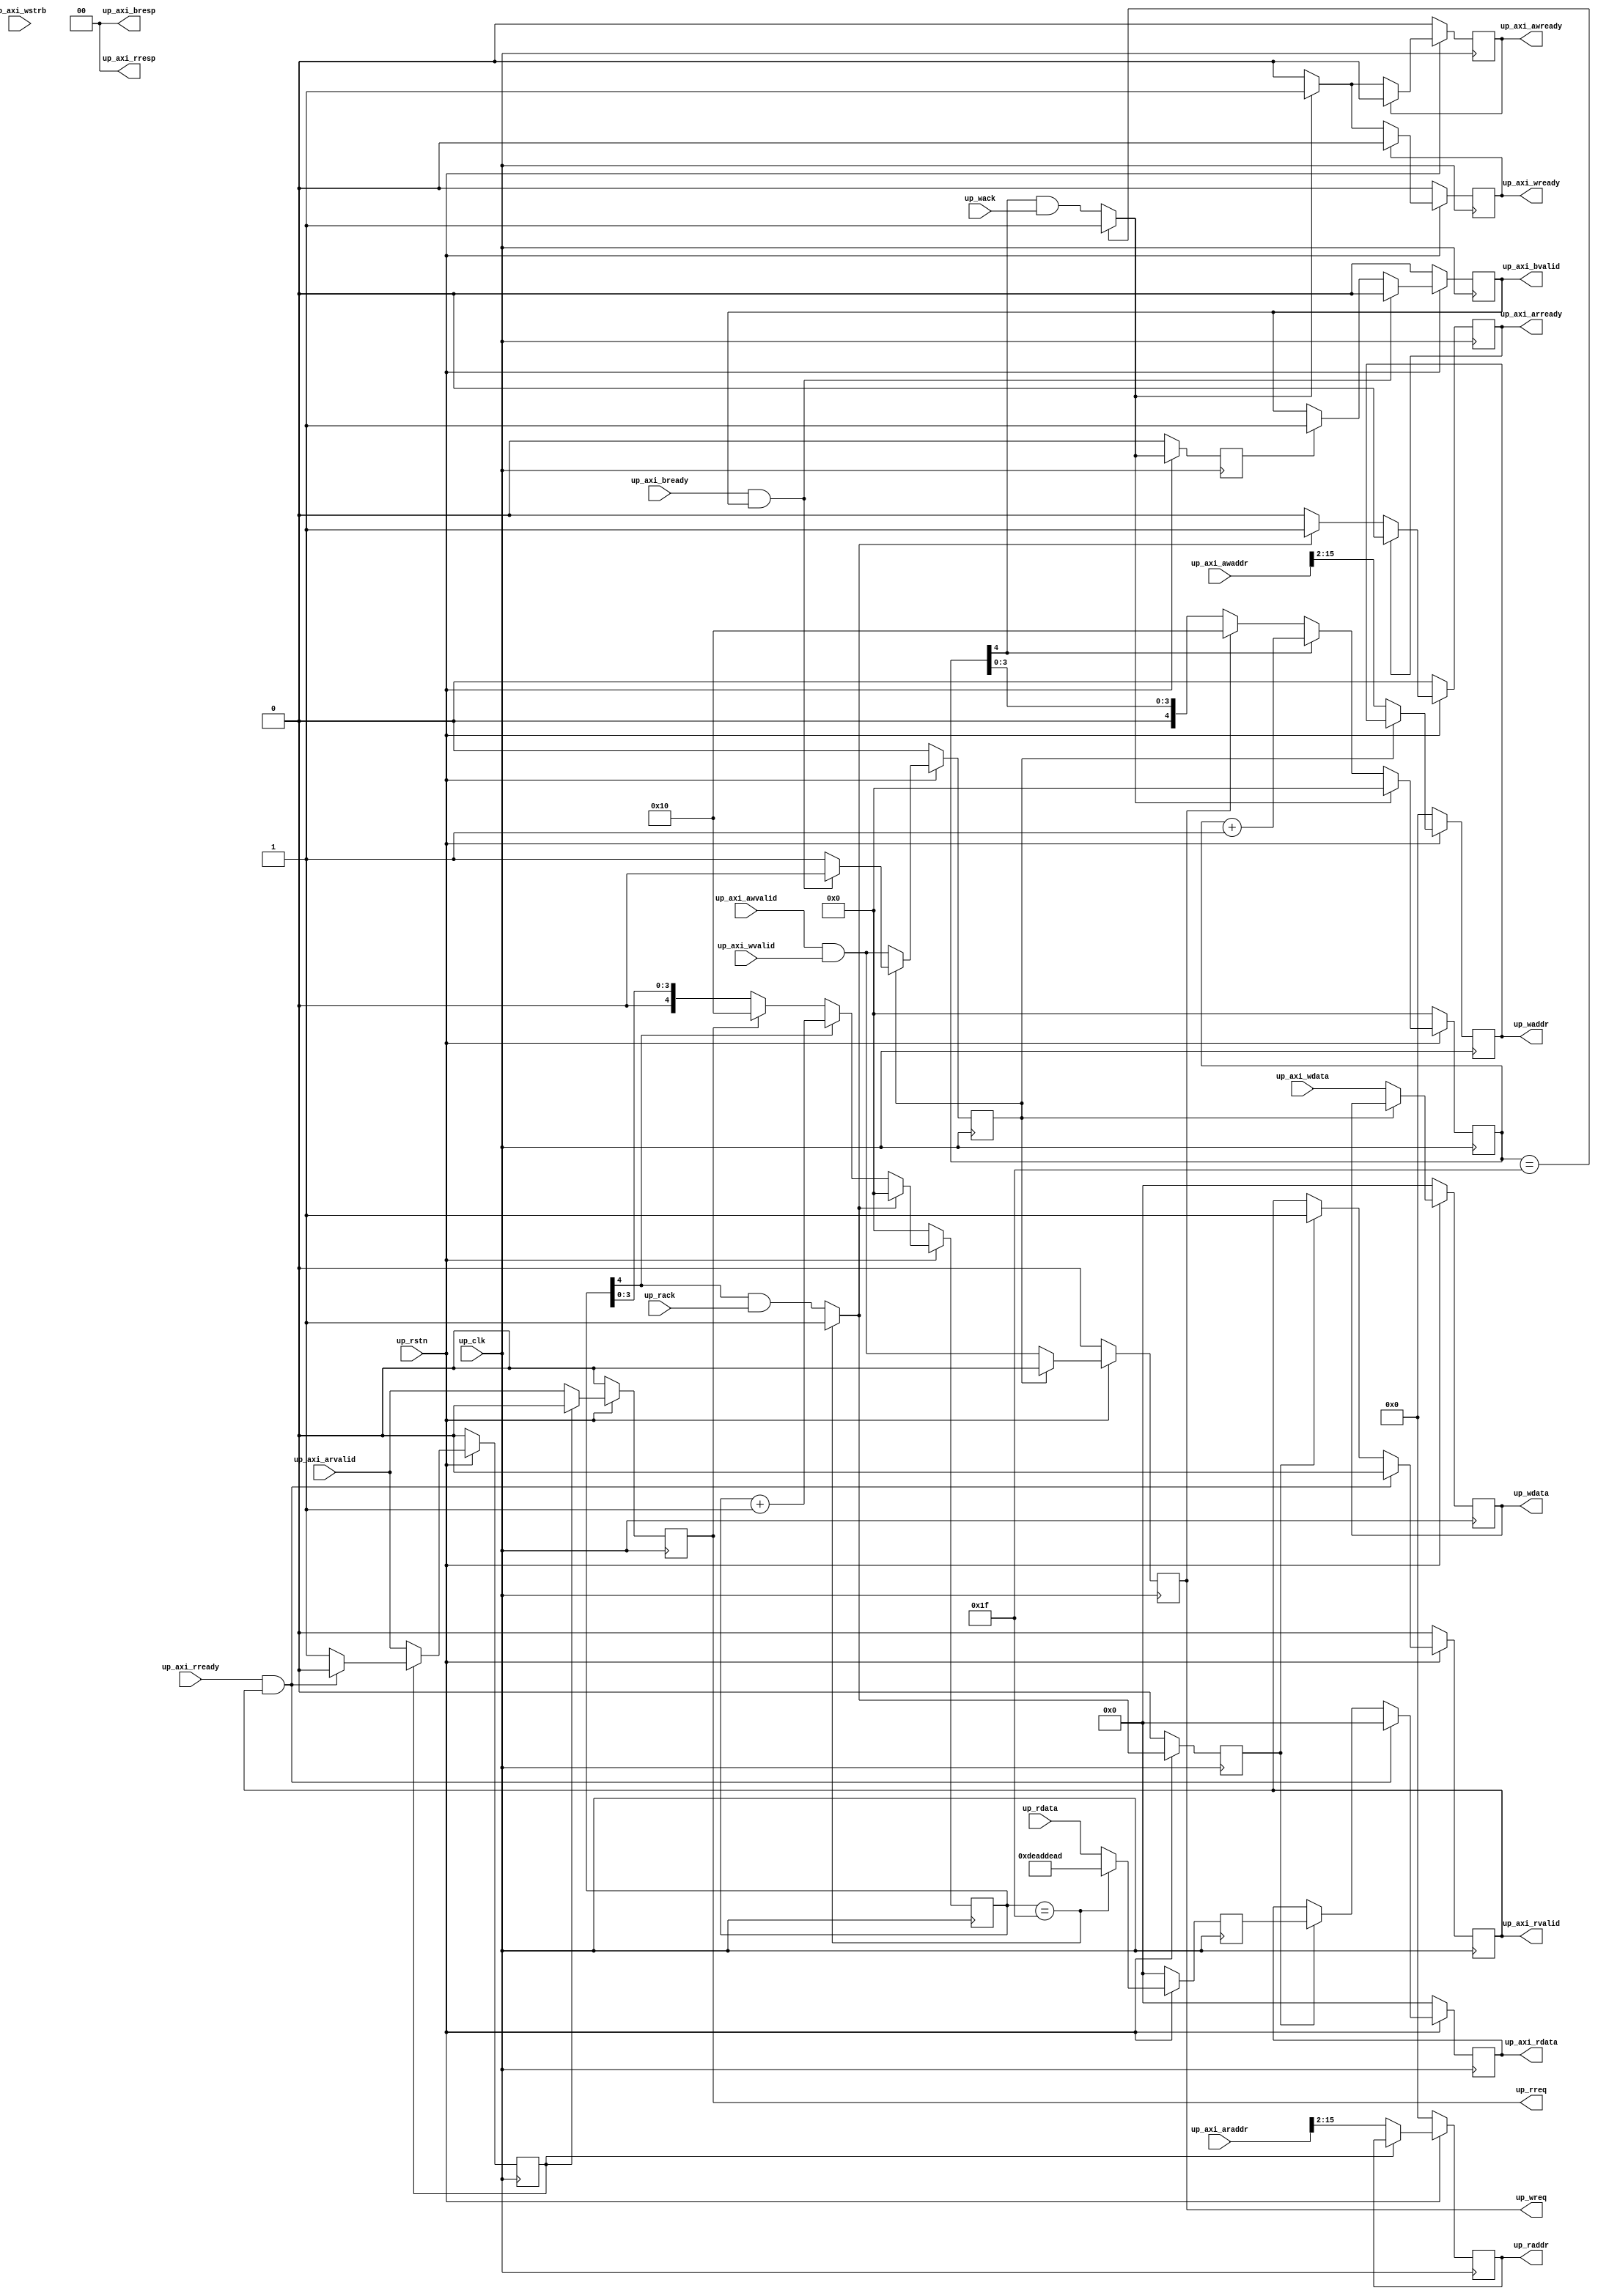
// ***************************************************************************
// ***************************************************************************
// Copyright 2014 - 2017 (c) Analog Devices, Inc. All rights reserved.
//
// In this HDL repository, there are many different and unique modules, consisting
// of various HDL (Verilog or VHDL) components. The individual modules are
// developed independently, and may be accompanied by separate and unique license
// terms.
//
// The user should read each of these license terms, and understand the
// freedoms and responsibilities that he or she has by using this source/core.
//
// This core is distributed in the hope that it will be useful, but WITHOUT ANY
// WARRANTY; without even the implied warranty of MERCHANTABILITY or FITNESS FOR
// A PARTICULAR PURPOSE.
//
// Redistribution and use of source or resulting binaries, with or without modification
// of this file, are permitted under one of the following two license terms:
//
//   1. The GNU General Public License version 2 as published by the
//      Free Software Foundation, which can be found in the top level directory
//      of this repository (LICENSE_GPL2), and also online at:
//      <https://www.gnu.org/licenses/old-licenses/gpl-2.0.html>
//
// OR
//
//   2. An ADI specific BSD license, which can be found in the top level directory
//      of this repository (LICENSE_ADIBSD), and also on-line at:
//      https://github.com/analogdevicesinc/hdl/blob/master/LICENSE_ADIBSD
//      This will allow to generate bit files and not release the source code,
//      as long as it attaches to an ADI device.
//
// ***************************************************************************
// ***************************************************************************

`timescale 1ns/100ps

module up_axi #(

  parameter   ADDRESS_WIDTH = 14,
  parameter   AXI_ADDRESS_WIDTH = 16) (

  // reset and clocks

  input                             up_rstn,
  input                             up_clk,

  // axi4 interface

  input                             up_axi_awvalid,
  input   [(AXI_ADDRESS_WIDTH-1):0] up_axi_awaddr,
  output                            up_axi_awready,
  input                             up_axi_wvalid,
  input   [31:0]                    up_axi_wdata,
  input   [ 3:0]                    up_axi_wstrb,
  output                            up_axi_wready,
  output                            up_axi_bvalid,
  output  [ 1:0]                    up_axi_bresp,
  input                             up_axi_bready,
  input                             up_axi_arvalid,
  input   [(AXI_ADDRESS_WIDTH-1):0] up_axi_araddr,
  output                            up_axi_arready,
  output                            up_axi_rvalid,
  output  [ 1:0]                    up_axi_rresp,
  output  [31:0]                    up_axi_rdata,
  input                             up_axi_rready,

  // pcore interface

  output                            up_wreq,
  output  [(ADDRESS_WIDTH-1):0]     up_waddr,
  output  [31:0]                    up_wdata,
  input                             up_wack,
  output                            up_rreq,
  output  [(ADDRESS_WIDTH-1):0]     up_raddr,
  input   [31:0]                    up_rdata,
  input                             up_rack);

  // internal registers

  reg                               up_axi_awready_int = 'd0;
  reg                               up_axi_wready_int = 'd0;
  reg                               up_axi_bvalid_int = 'd0;
  reg                               up_wack_d = 'd0;
  reg                               up_wsel = 'd0;
  reg                               up_wreq_int = 'd0;
  reg     [(ADDRESS_WIDTH-1):0]     up_waddr_int = 'd0;
  reg     [31:0]                    up_wdata_int = 'd0;
  reg     [ 4:0]                    up_wcount = 'd0;
  reg                               up_axi_arready_int = 'd0;
  reg                               up_axi_rvalid_int = 'd0;
  reg     [31:0]                    up_axi_rdata_int = 'd0;
  reg                               up_rack_d = 'd0;
  reg     [31:0]                    up_rdata_d = 'd0;
  reg                               up_rsel = 'd0;
  reg                               up_rreq_int = 'd0;
  reg     [(ADDRESS_WIDTH-1):0]     up_raddr_int = 'd0;
  reg     [ 4:0]                    up_rcount = 'd0;

  // internal signals

  wire                              up_wack_s;
  wire                              up_rack_s;
  wire    [31:0]                    up_rdata_s;

  // write channel interface

  assign up_axi_awready = up_axi_awready_int;
  assign up_axi_wready = up_axi_wready_int;
  assign up_axi_bvalid = up_axi_bvalid_int;
  assign up_axi_bresp = 2'd0;

  always @(posedge up_clk) begin
    if (up_rstn == 1'b0) begin
      up_axi_awready_int <= 'd0;
      up_axi_wready_int <= 'd0;
      up_axi_bvalid_int <= 'd0;
    end else begin
      if (up_axi_awready_int == 1'b1) begin
        up_axi_awready_int <= 1'b0;
      end else if (up_wack_s == 1'b1) begin
        up_axi_awready_int <= 1'b1;
      end
      if (up_axi_wready_int == 1'b1) begin
        up_axi_wready_int <= 1'b0;
      end else if (up_wack_s == 1'b1) begin
        up_axi_wready_int <= 1'b1;
      end
      if ((up_axi_bready == 1'b1) && (up_axi_bvalid_int == 1'b1)) begin
        up_axi_bvalid_int <= 1'b0;
      end else if (up_wack_d == 1'b1) begin
        up_axi_bvalid_int <= 1'b1;
      end
    end
  end

  assign up_wreq = up_wreq_int;
  assign up_waddr = up_waddr_int;
  assign up_wdata = up_wdata_int;
  assign up_wack_s = (up_wcount == 5'h1f) ? 1'b1 : (up_wcount[4] & up_wack);

  always @(posedge up_clk) begin
    if (up_rstn == 1'b0) begin
      up_wack_d <= 'd0;
      up_wsel <= 'd0;
      up_wreq_int <= 'd0;
      up_waddr_int <= 'd0;
      up_wdata_int <= 'd0;
      up_wcount <= 'd0;
    end else begin
      up_wack_d <= up_wack_s;
      if (up_wsel == 1'b1) begin
        if ((up_axi_bready == 1'b1) && (up_axi_bvalid_int == 1'b1)) begin
          up_wsel <= 1'b0;
        end
        up_wreq_int <= 1'b0;
        up_waddr_int <= up_waddr_int;
        up_wdata_int <= up_wdata_int;
      end else begin
        up_wsel <= up_axi_awvalid & up_axi_wvalid;
        up_wreq_int <= up_axi_awvalid & up_axi_wvalid;
        up_waddr_int <= up_axi_awaddr[(ADDRESS_WIDTH+1):2];
        up_wdata_int <= up_axi_wdata;
      end
      if (up_wack_s == 1'b1) begin
        up_wcount <= 5'h00;
      end else if (up_wcount[4] == 1'b1) begin
        up_wcount <= up_wcount + 1'b1;
      end else if (up_wreq_int == 1'b1) begin
        up_wcount <= 5'h10;
      end
    end
  end

  // read channel interface

  assign up_axi_arready = up_axi_arready_int;
  assign up_axi_rvalid = up_axi_rvalid_int;
  assign up_axi_rdata = up_axi_rdata_int;
  assign up_axi_rresp = 2'd0;

  always @(posedge up_clk) begin
    if (up_rstn == 1'b0) begin
      up_axi_arready_int <= 'd0;
      up_axi_rvalid_int <= 'd0;
      up_axi_rdata_int <= 'd0;
    end else begin
      if (up_axi_arready_int == 1'b1) begin
        up_axi_arready_int <= 1'b0;
      end else if (up_rack_s == 1'b1) begin
        up_axi_arready_int <= 1'b1;
      end
      if ((up_axi_rready == 1'b1) && (up_axi_rvalid_int == 1'b1)) begin
        up_axi_rvalid_int <= 1'b0;
        up_axi_rdata_int <= 32'd0;
      end else if (up_rack_d == 1'b1) begin
        up_axi_rvalid_int <= 1'b1;
        up_axi_rdata_int <= up_rdata_d;
      end
    end
  end

  assign up_rreq = up_rreq_int;
  assign up_raddr = up_raddr_int;
  assign up_rack_s = (up_rcount == 5'h1f) ? 1'b1 : (up_rcount[4] & up_rack);
  assign up_rdata_s = (up_rcount == 5'h1f) ? {2{16'hdead}} : up_rdata;

  always @(posedge up_clk) begin
    if (up_rstn == 1'b0) begin
      up_rack_d <= 'd0;
      up_rdata_d <= 'd0;
      up_rsel <= 'd0;
      up_rreq_int <= 'd0;
      up_raddr_int <= 'd0;
      up_rcount <= 'd0;
    end else begin
      up_rack_d <= up_rack_s;
      up_rdata_d <= up_rdata_s;
      if (up_rsel == 1'b1) begin
        if ((up_axi_rready == 1'b1) && (up_axi_rvalid_int == 1'b1)) begin
          up_rsel <= 1'b0;
        end
        up_rreq_int <= 1'b0;
        up_raddr_int <= up_raddr_int;
      end else begin
        up_rsel <= up_axi_arvalid;
        up_rreq_int <= up_axi_arvalid;
        up_raddr_int <= up_axi_araddr[(ADDRESS_WIDTH+1):2];
      end
      if (up_rack_s == 1'b1) begin
        up_rcount <= 5'h00;
      end else if (up_rcount[4] == 1'b1) begin
        up_rcount <= up_rcount + 1'b1;
      end else if (up_rreq_int == 1'b1) begin
        up_rcount <= 5'h10;
      end
    end
  end

endmodule

// ***************************************************************************
// ***************************************************************************